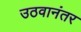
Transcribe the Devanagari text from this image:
उठवानंतर